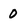
Character: 0